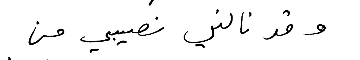
وقد نالني نصيبي من